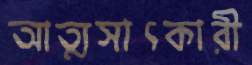
আত্মসাৎকারী